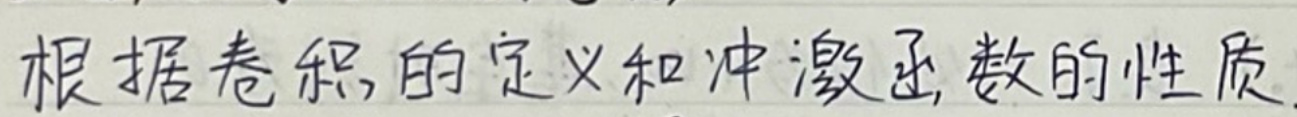
根据卷积的定义和冲激函数的性质